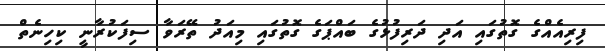
ފިރިއެއްގެ ގޮތުގައި އަދި ދަރިފުޅުގެ ބައްޕަގެ ގޮތުގައި މިއަދު ތޭރަވާ ސިފަކުރާނީ ކިހިނެތް